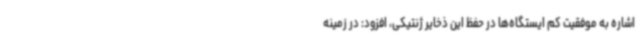
اشاره به موفقیت کم ایستگاه‌ها در حفظ این ذخایر ژنتیکی، افزود: در زمینه